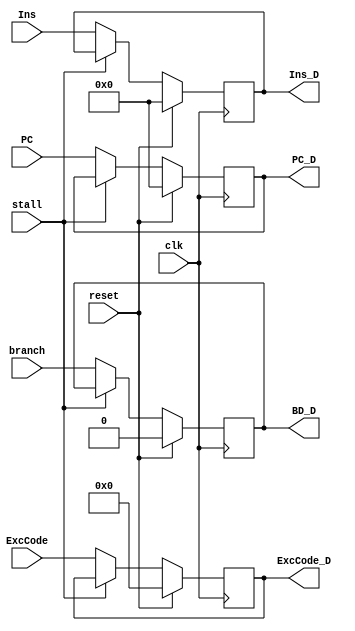
// This program was cloned from: https://github.com/SilenceX12138/MIPS-Microsystems
// License: MIT License

`timescale 1ns / 1ps

module DReg(clk,reset,stall,branch,Ins,PC,ExcCode,Ins_D,PC_D,ExcCode_D,BD_D);
//interface
    input clk;
    input reset;
    input stall;
    input branch;

    input [31:0] Ins;
    input [31:0] PC;

    input [6:2] ExcCode;

    output reg [31:0] Ins_D;
    output reg [31:0] PC_D;
    
    output reg [6:2] ExcCode_D;
    output reg BD_D;

//sequential logic	
    /*
	initial
		begin
			Ins_D=0;
            PC_D=0;
            ExcCode_D=0;
            BD_D=0;
		end
    */
    
    always @(posedge clk)
        begin
            if(reset)
                begin
                    Ins_D<=0;
                    PC_D<=0;        //PC_D doesn't need to stick any PC,so it can be set zero.
                    ExcCode_D<=0;
                    BD_D<=0;
                end
            else if(stall)
                begin
                    Ins_D<=Ins_D;
                    PC_D<=PC_D;
                    ExcCode_D<=ExcCode_D;
                    BD_D<=BD_D;
                end
            else
                begin
                    Ins_D<=Ins;
                    PC_D<=PC;
                    ExcCode_D<=ExcCode;
                    BD_D<=branch;   //BD is stuck on Ins_F when Ins_D is branch
                end
        end

endmodule